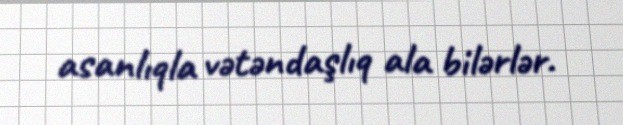
asanlıqla vətəndaşlıq ala bilərlər.